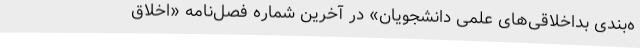
ه‌بندی بداخلاقی‌های علمی دانشجویان» در آخرین شماره فصل‌نامه «اخلاق